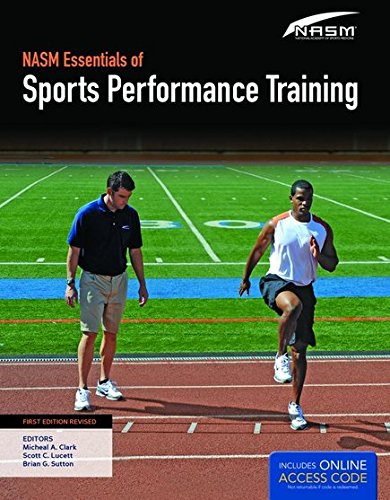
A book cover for NASM Essentials Of Sports Performance Training: First Edition Revised; National Academy of Sports Medicine (NASM); Sports & Outdoors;